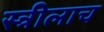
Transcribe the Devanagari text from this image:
स्त्रीलाच